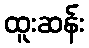
ထူးဆန်း